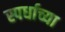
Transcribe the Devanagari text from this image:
स्पर्धाच्या